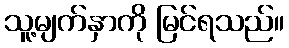
သူ့မျက်နှာကို မြင်ရသည်။